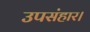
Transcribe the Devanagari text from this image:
उपसंहार।